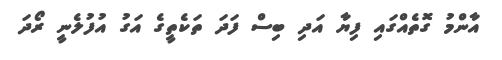
އާންމު ގޮތެއްގައި ފިޔާ އަދި ބިސް ފަދަ ތަކެތީގެ އަގު އުފުލެނީ ރޯދަ